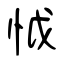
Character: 怴